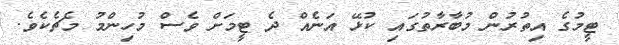
ޓީމުގެ އިތުރުން މުބާރާތުގައި ކުޅޭ އަނެއް ދެ ޓީމަށް ވެސް މުހިންމު މެޗެކެވެ.